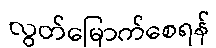
လွတ်မြောက်စေရန်